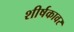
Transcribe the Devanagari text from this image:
शीर्षकावर